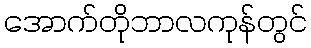
အောက်တိုဘာလကုန်တွင်